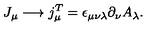
\, J _ { \mu } \longrightarrow j _ { \mu } ^ { T } = \epsilon _ { \mu \nu \lambda } \partial _ { \nu } A _ { \lambda } .